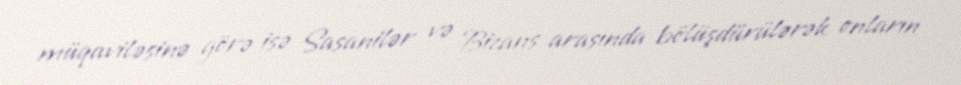
müqaviləsinə görə isə Sasanilər və Bizans arasında bölüşdürülərək onların